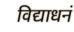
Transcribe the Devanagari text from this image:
विद्याधनं